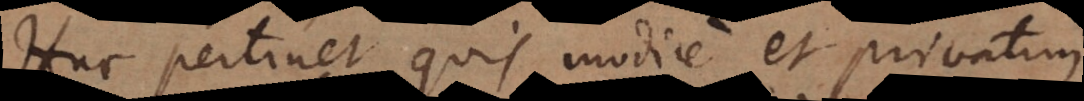
Huc pertinet, quis modice et privatim